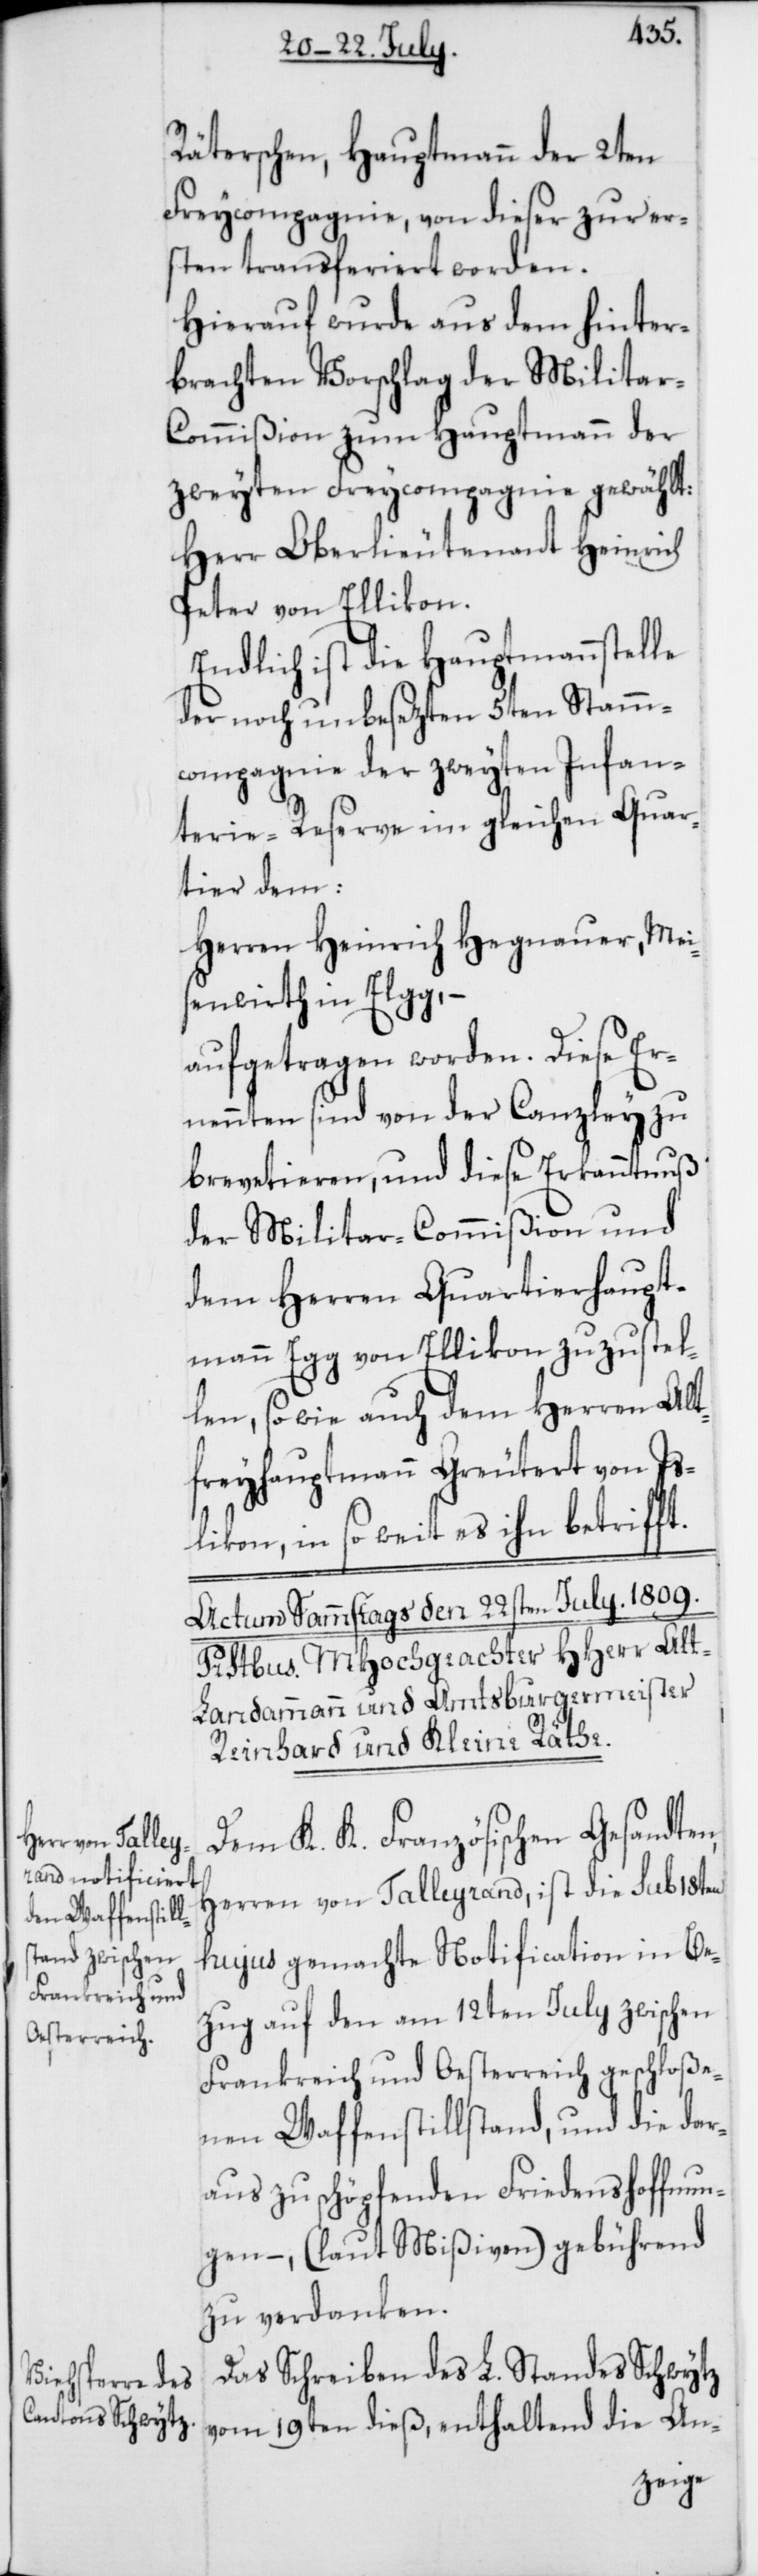
Räterschen, Hauptmann der 2ten
Freycompagnie, von dieser zur er¬
sten transferiert worden.
Hierauf wurde aus dem hinter¬
brachten Vorschlag der Milita¬
r-Commißion zum Hauptmann der
zweyten Freycompagnie gewählt:
Herr Oberlieutenant Heinrich
Peter von Ellikon.
Endlich ist die Hauptmannstelle
der noch unbesezten 5ten Stamm¬
compagnie der zweyten Infan¬
terie-Reserve im gleichen Quar¬
tier dem:
Herren Heinrich Hegnauer, Mei¬
senwirth in Elgg, –
aufgetragen worden. Diese Er¬
nennten sind von der Canzley zu
brevetieren, und diese Erkanntnuß
der Militar-Commißion und
dem Herren Quartierhaupt¬
mann Egg von Ellikon zuzustel¬
len, so wie auch dem Herren Alt¬
freyhauptmann Greutert von Is¬
likon, in so weit es ihn betrifft.
Dem K. K. Französischen Gesandten,
Herren von Talleyrand, ist die sub 18ten
hujus gemachte Notification in Be¬
zug auf den am 12ten July zwischen
Frankreich und Oesterreich geschloße¬
nen Waffenstillstand, und die dar¬
aus zu schöpfenden Friedenshoffnun¬
gen, – (laut Mißiven) gebührend
zu verdanken.
Das Schreiben des L. Standes Schwytz
vom 19ten dieß, enthaltend die An-